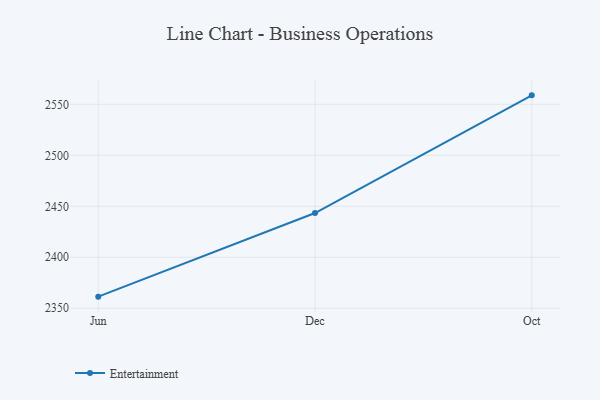
{"axis": {"x": "Month", "y": "Churn Rate (%)"}, "legend": ["Entertainment"], "data": [{"x": "Jun", "y": 2361.4, "type": "Entertainment"}, {"x": "Dec", "y": 2443.4, "type": "Entertainment"}, {"x": "Oct", "y": 2558.8, "type": "Entertainment"}]}